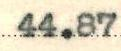
44.87